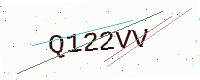
Text: Q122VV